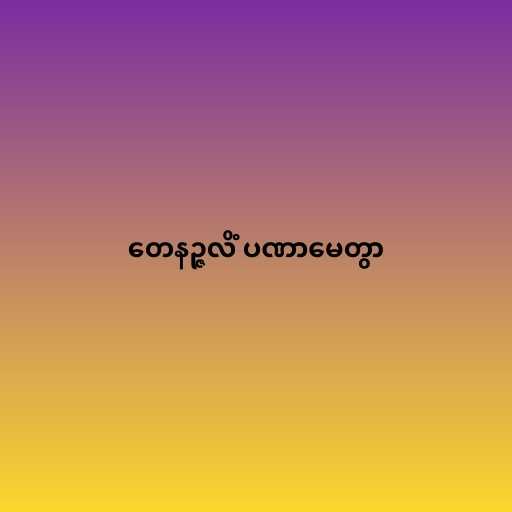
တေနဉ္ဇလိံ ပဏာမေတွာ